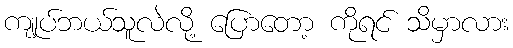
ကျုပ်ဘယ်သူလဲလို့ ပြောတော့ ကိုရင် သိမှာလား